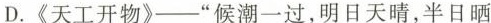
D.《天工开物》——”候潮一过，明日天晴，半日晒